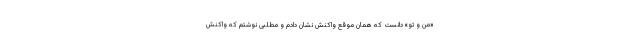
«من و تو» دانست که همان موقع واکنش نشان دادم و مطلبی نوشتم که واکنش